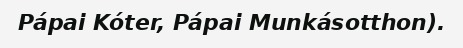
Pápai Kóter, Pápai Munkásotthon).